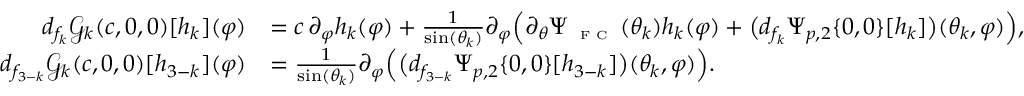
\begin{array} { r l } { d _ { f _ { k } } \mathscr { G } _ { k } ( c , 0 , 0 ) [ h _ { k } ] ( \varphi ) } & { = c \, \partial _ { \varphi } h _ { k } ( \varphi ) + \frac { 1 } { \sin ( \theta _ { k } ) } \partial _ { \varphi } \Big ( \partial _ { \theta } \Psi _ { \textnormal { \tiny { F C } } } ( \theta _ { k } ) h _ { k } ( \varphi ) + \big ( d _ { f _ { k } } \Psi _ { p , 2 } \{ 0 , 0 \} [ h _ { k } ] \big ) ( \theta _ { k } , \varphi ) \Big ) , } \\ { d _ { f _ { 3 - k } } \mathscr { G } _ { k } ( c , 0 , 0 ) [ h _ { 3 - k } ] ( \varphi ) } & { = \frac { 1 } { \sin ( \theta _ { k } ) } \partial _ { \varphi } \Big ( \big ( d _ { f _ { 3 - k } } \Psi _ { p , 2 } \{ 0 , 0 \} [ h _ { 3 - k } ] \big ) ( \theta _ { k } , \varphi ) \Big ) . } \end{array}